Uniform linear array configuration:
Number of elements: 16
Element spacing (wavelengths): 0.25
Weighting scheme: binomial
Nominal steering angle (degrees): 15
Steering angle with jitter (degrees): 16.664
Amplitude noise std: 0.05
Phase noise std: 0.05

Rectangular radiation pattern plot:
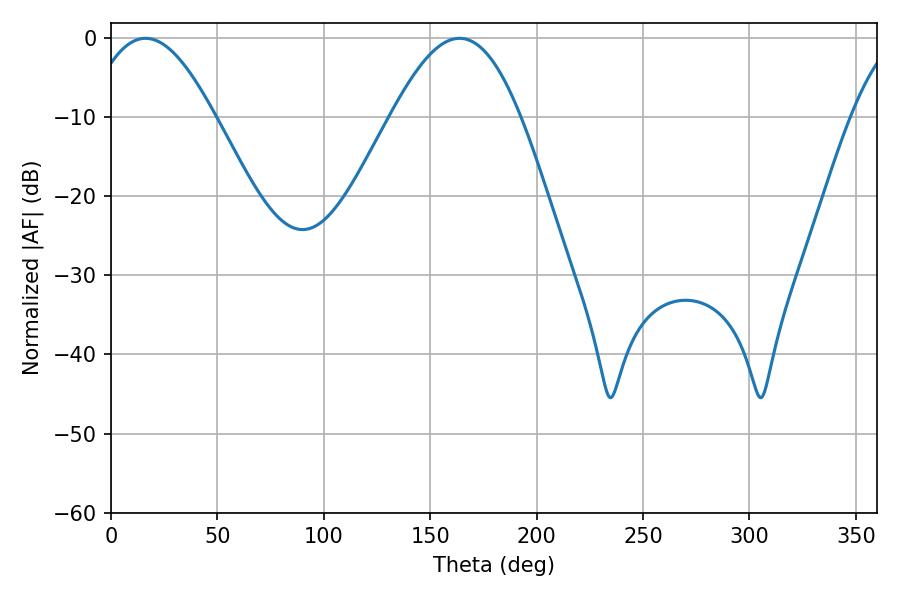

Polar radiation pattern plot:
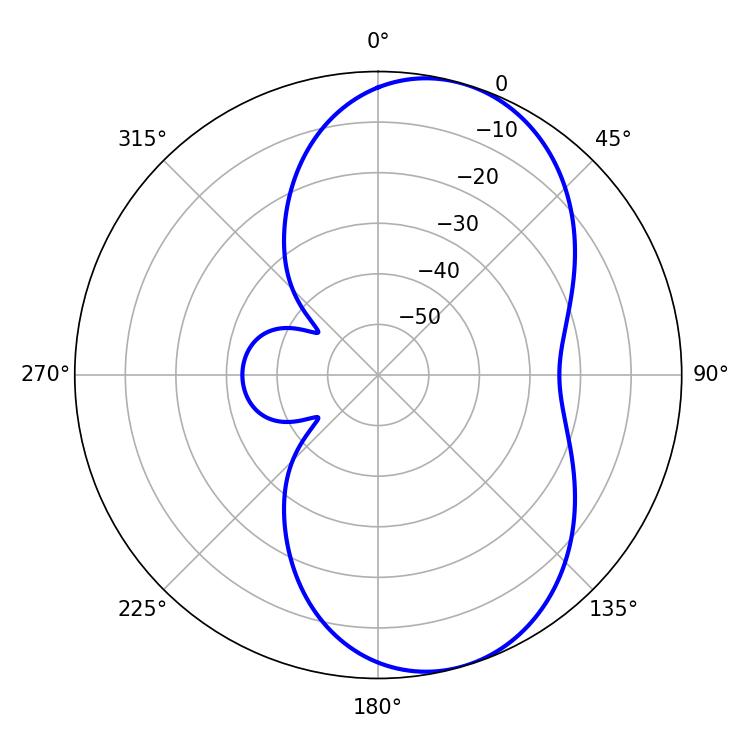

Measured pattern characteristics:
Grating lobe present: FALSE
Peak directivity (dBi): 7.325
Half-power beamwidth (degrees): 32.94
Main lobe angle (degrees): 16.2